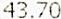
43.70